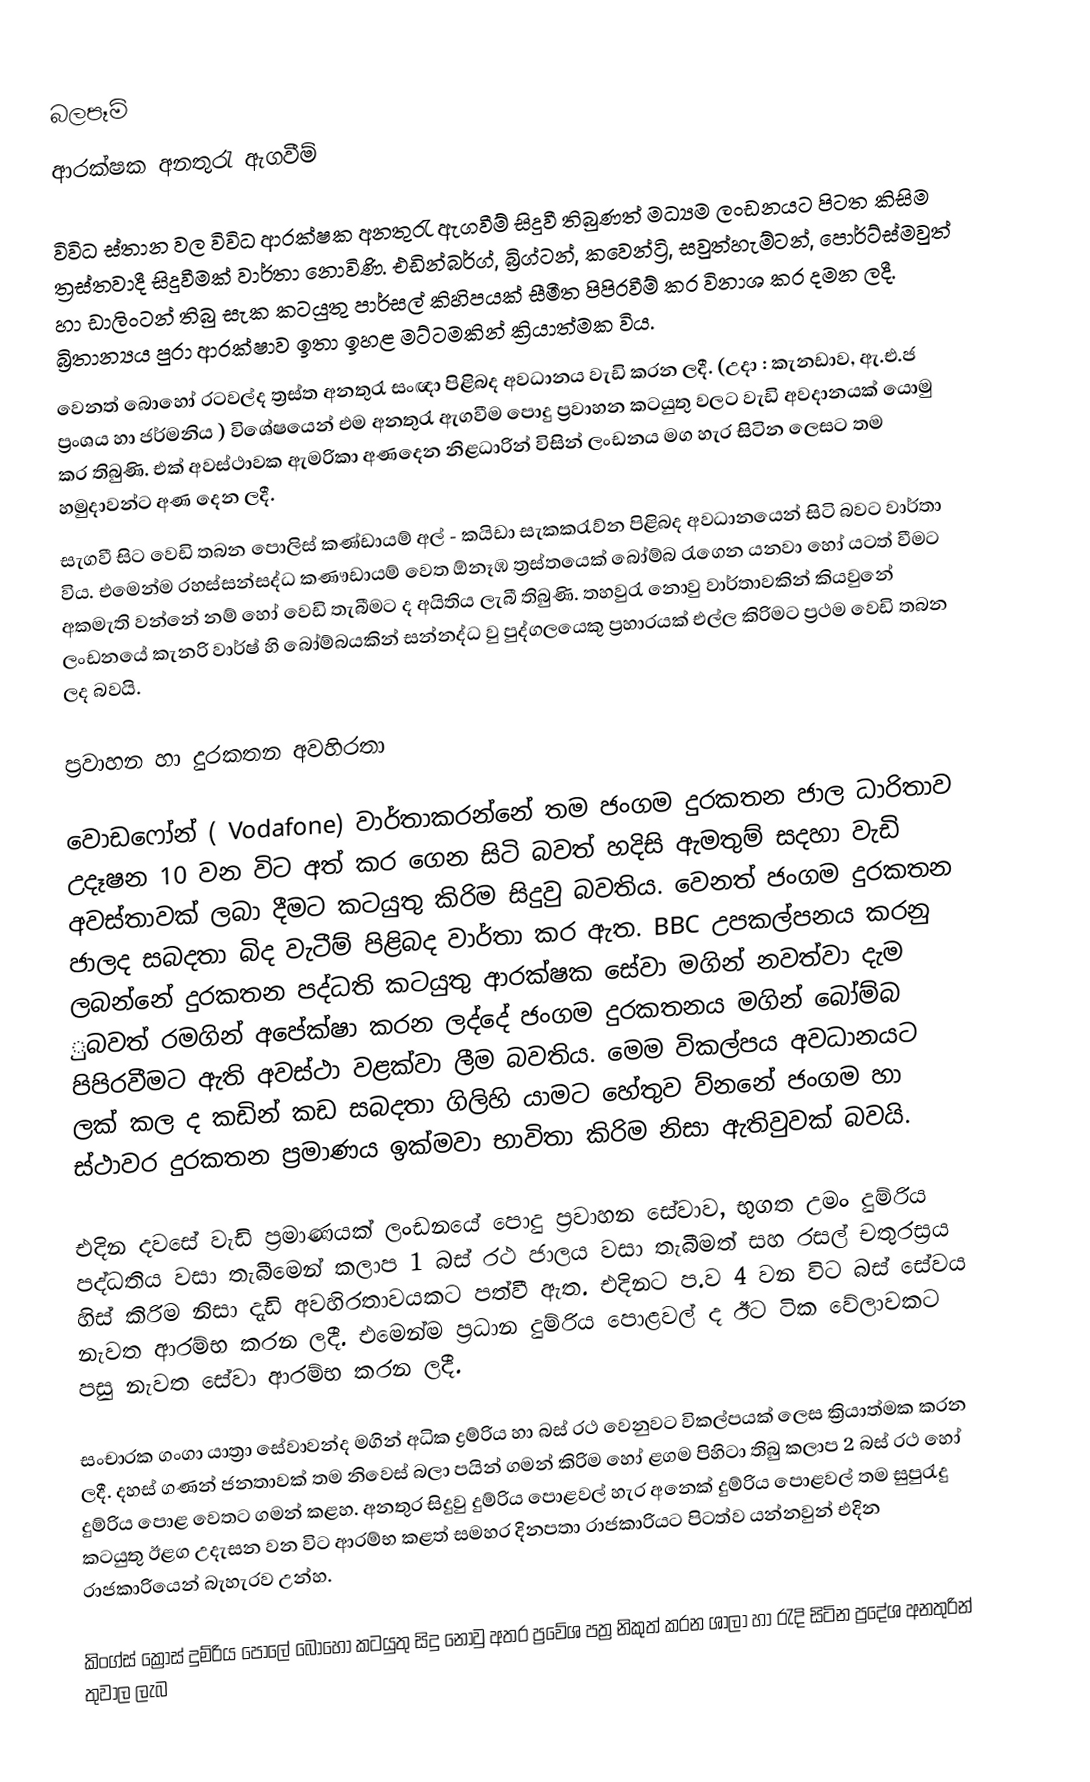
බලපෑම්
ආරක්ෂක අනතුරැ ඇගවීම්

විවිධ ස්තාන වල විවිධ ආරක්ෂක අනතුරැ ඇගවීම් සිදුවී තිබුණත් මධ්‍යම ලංඩනයට පිටත කිසිම ත්‍රස්තවාදී සිදුවීමක් වාර්තා නොවිණි. එඩින්බර්ග්, බ්‍රිග්ටන්, කවෙන්ට්‍රි, සවුත්හැම්ටන්, පොර්ට්ස්මවුත් හා ඩාලිංටන් තිබු සැක කටයුතු පාර්සල් කිහිපයක් සීමීත පිපිරවීම් කර විනාශ කර දමන ලදී. බ්‍රිතාන්‍යය පුරා ආරක්ෂාව ඉතා ඉහළ මට්ටමකින් ක්‍රියාත්මක විය.
වෙනත් බොහෝ රටවල්ද ත්‍රස්ත අනතුරැ සංඥා පිළිබද අවධානය වැඩි කරන ලදී. (උදා : කැනඩාව, ඇ.එ.ජ ප්‍රංශය හා ජර්මනිය ) විශේෂයෙන් එම අනතුරැ ඇගවීම පොදු ප්‍රවාහන කටයුතු වලට වැඩි අවදානයක් යොමු කර තිබුණි. එක් අවස්ථාවක ඇමරිකා අණදෙන නිළධාරින් විසින් ලංඩනය මග හැර සිටින ලෙසට තම හමුදාවන්ට අණ දෙන ලදී.
 සැගවී සිට වෙඩි තබන පොලිස් කණ්ඩායම් අල් - කයිඩා සැකකරැව්න පිළිබද අවධානයෙන් සිටි බවට වාර්තා විය. එමෙන්ම රහස්සන්සද්ධ කණෟඩායම් වෙත ඕනෑඹ ත්‍රස්තයෙක් බෝම්බ රැගෙන යනවා හෝ යටත් වීමට අකමැති වන්නේ නම් හෝ වෙඩි තැබීමට ද අයිතිය ලැබී තිබුණි. තහවුරැ නොවු වාර්තාවකින් කියවුනේ ලංඩනයේ කැනරි වාර්ෂ් හි බෝම්බයකින් සන්නද්ධ වු පුද්ගලයෙකු ප්‍රහාරයක් එල්ල කිරිමට ප්‍රථම වෙඩි තබන ලද බවයි.

ප්‍රවාහන හා දුරකතන  අවහිරතා

වොඩෆෝන් ( Vodafone) වාර්තාකරන්නේ තම ජංගම දුරකතන ජාල ධාරිතාව උදෑෂන 10 වන විට අත් කර ගෙන සිටි බවත්  හදිසි ඇමතුම් සදහා වැඩි අවස්තාවක් ලබා දීමට කටයුතු කිරිම සිදුවු බවතිය. වෙනත් ජංගම දුරකතන ජාලද සබදතා බිද වැටීම් පිළිබද වාර්තා කර ඇත. BBC උපකල්පනය කරනු ලබන්නේ දුරකතන පද්ධති කටයුතු ආරක්ෂක සේවා මගින් නවත්වා දැම ුබවත් රමගින් අපේක්ෂා කරන ලද්දේ ජංගම දුරකතනය මගින් බෝම්බ පිපිරවීමට ඇති අවස්ථා වළක්වා ලීම බවතිය. මෙම විකල්පය අවධානයට ලක් කල ද කඩින් කඩ සබදතා ගිලිහි යාමට හේතුව ව්නනේ ජංගම හා ස්ථාවර දුරකතන ප්‍රමාණය ඉක්මවා භාවිතා කිරිම නිසා ඇතිවුවක් බවයි.

එදින දවසේ වැඩි ප්‍රමාණයක් ලංඩනයේ පොදු  ප්‍රවාහන සේවාව, භුගත උමං දුම්රිය පද්ධතිය වසා තැබීමෙන් කලාප 1 බස් රථ ජාලය වසා තැබීමත් සහ රසල් චතුරස්‍රය හිස් කිරිම නිසා දැඩි අවහිරතාවයකට පත්වී ඇත. එදිනට ප.ව 4 වන විට බස් සේවය නැවත ආරම්භ කරන ලදී. එමෙන්ම ප්‍රධාන දුම්රිය පොළවල් ද  ඊට ටික වේලාවකට පසු නැවත සේවා ආරම්භ කරන ලදී.

 සංචාරක ගංගා යාත්‍රා සේවාවන්ද මගින් අධික ද්‍රම්රිය  හා බස් රථ වෙනුවට විකල්පයක් ලෙස ක්‍රියාත්මක කරන ලදී. දහස් ගණන් ජනතාවක් තම නිවෙස් බලා පයින් ගමන් කිරිම හෝ ළගම පිහිටා තිබු කලාප 2 බස් රථ හෝ දුම්රිය පොළ වෙතට ගමන් කළහ. අනතුර සිදුවු දුම්රිය පොළවල් හැර අනෙක් දුම්රිය පොළවල් තම සුපුරැදු කටයුතු ඊළග උදැසන වන විට ආරම්භ කළත් සමහර දිනපතා රාජකාරියට  පිටත්ව යන්නවුන් එදින රාජකාරියෙන් බැහැරව උන්හ.

කිංග්ස් ක්‍රොස් දුම්රිය පොලේ බොහෝ කටයුතු සිදු නොවු අතර ප්‍රවේශ පත්‍ර නිකුත් කරන ශාලා හා රැදි සිටින ප්‍රදේශ අනතුරින්  තුවාල ලැබ